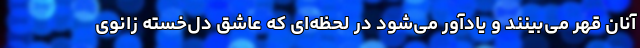
آنان قهر می‌بینند و یادآور می‌شود در لحظه‌ای که عاشق دل‌خسته زانوی